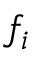
f _ { i }